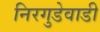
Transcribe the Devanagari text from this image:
निरगुडेवाडी